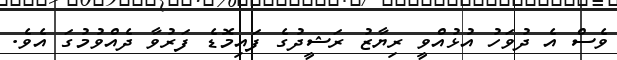
ވެސް އެ ދުވަހު އުޅުއްވީ ރިޔާޒު ރަޝީދުގެ ފައިމޮޑެ ފަރުވާ ދެއްވުމުގަ އެވެ.